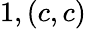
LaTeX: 1,(c,c)